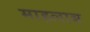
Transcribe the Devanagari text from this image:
माहलाब